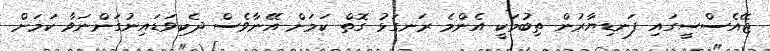
ޖޭއެސްސީގައި ފަނޑިޔާރުން ތިބުމަކީ އެންމެ ރަނގަޅު ގޮތް ކަމަށް އޭނާވެސް ދެކިވަޑައިނުގަންނަވާ ކަމަށް